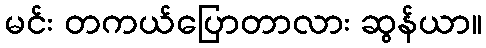
မင်း တကယ်ပြောတာလား ဆွန်ယာ။